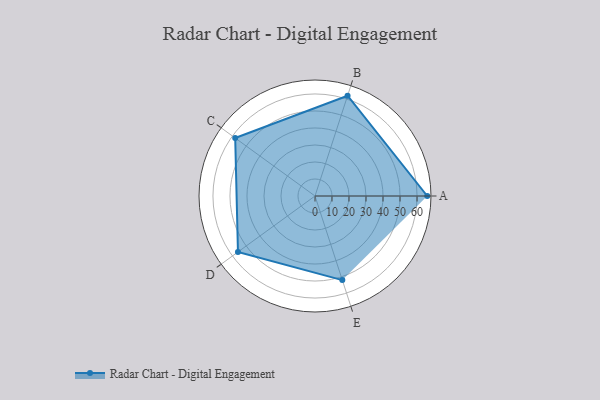
{"axis": {"x": "Skill", "y": "Score"}, "legend": ["Profile"], "data": [{"x": "A", "y": 66.0, "type": "Profile"}, {"x": "B", "y": 62.0, "type": "Profile"}, {"x": "C", "y": 58.0, "type": "Profile"}, {"x": "D", "y": 56.0, "type": "Profile"}, {"x": "E", "y": 52.0, "type": "Profile"}]}